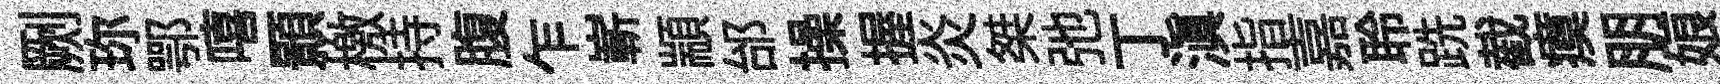
劂珎鄂嘻顥檄持腹乍嶄顓邰操握炎桀弛丁滇指嘉聆跣截瘼朋娘